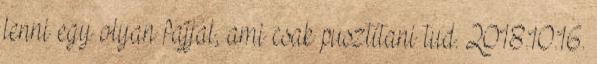
lenni egy olyan fajjal, ami csak pusztítani tud. 2018.10.16.